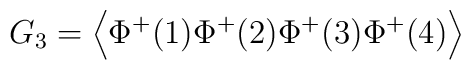
G_{3}=\left\langle \Phi ^{+}(1)\Phi ^{+}(2)\Phi ^{+}(3)\Phi^{+}(4)\right\rangle